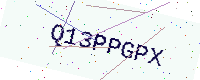
Text: Q13PPGPX